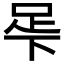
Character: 𬻚